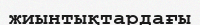
жиынтықтардағы